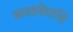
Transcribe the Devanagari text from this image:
बारहवेंराशि